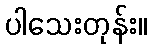
ပါသေးတုန်း။